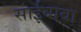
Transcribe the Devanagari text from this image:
सांईबाबा